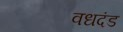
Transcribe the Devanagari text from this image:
वधदंड